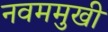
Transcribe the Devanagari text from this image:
नवममुखी